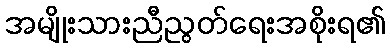
အမျိုးသားညီညွတ်ရေးအစိုးရ၏